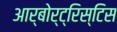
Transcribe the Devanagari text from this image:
आर्बोर्ट्रिस्टिस